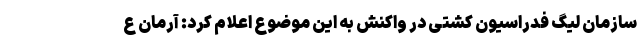
سازمان لیگ فدراسیون کشتی در واکنش به این موضوع اعلام کرد: آرمان ع